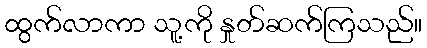
ထွက်လာကာ သူ့ကို နှုတ်ဆက်ကြသည်။